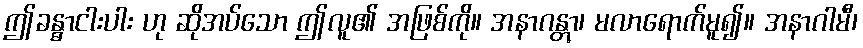
ဤခန္ဓာငါးပါး ဟု ဆိုအပ်သော ဤလူ၏ အဖြစ်ကို။ အနာဂန္တွာ၊ မလာရောက်မူ၍။ အနာဂါမီ၊